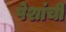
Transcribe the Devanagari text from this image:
पेशांची